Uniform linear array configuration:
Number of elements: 24
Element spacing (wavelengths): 1
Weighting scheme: hann
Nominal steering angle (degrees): -15
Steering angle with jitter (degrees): -13.48
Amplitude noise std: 0.05
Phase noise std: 0.05

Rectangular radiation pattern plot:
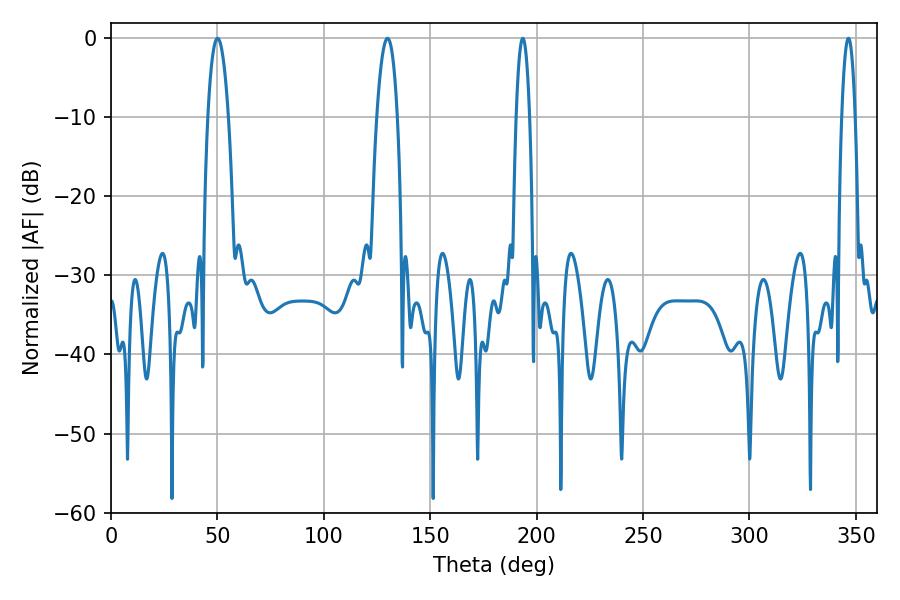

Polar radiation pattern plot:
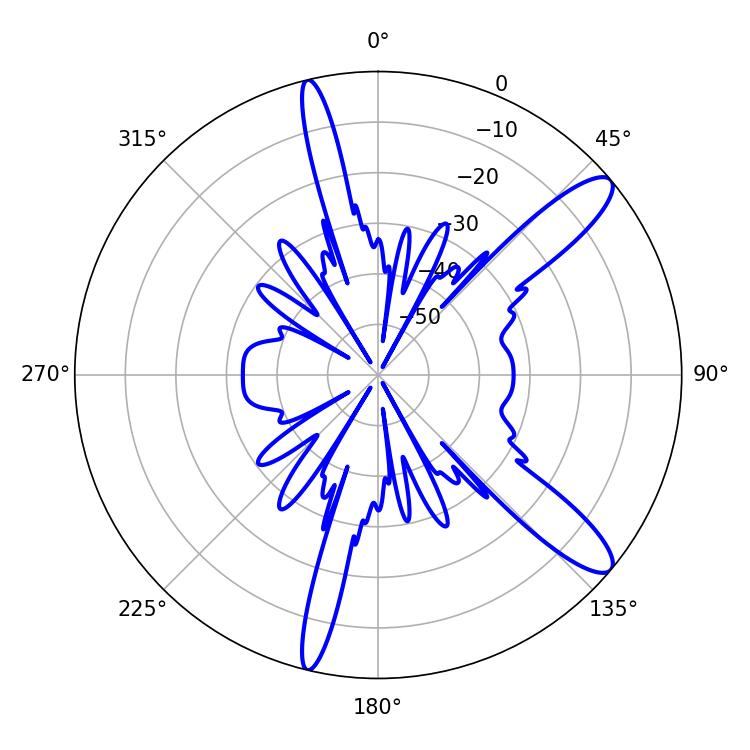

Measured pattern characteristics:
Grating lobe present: TRUE
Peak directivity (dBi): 12.073
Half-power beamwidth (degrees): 3.6
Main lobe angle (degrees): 193.5